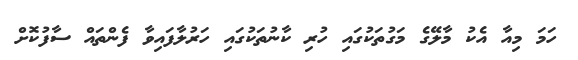
ހަމަ މިއާ އެކު މާލޭގެ މަގުތަކުގައި ހުރި ކާނުތަކުގައި ހަރުލާފައިވާ ފެންތައް ސާފުކޮށް